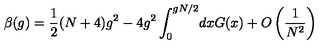
\beta ( g ) = \frac { 1 } { 2 } ( N + 4 ) g ^ { 2 } - 4 g ^ { 2 } \int _ { 0 } ^ { g N / 2 } \! d x G ( x ) + O \left( \frac { 1 } { N ^ { 2 } } \right)